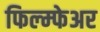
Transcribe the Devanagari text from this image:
फिल्म्फेअर